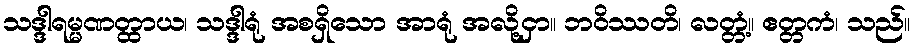
သဒ္ဒါရမ္မဏတ္ထာယ၊ သဒ္ဒါရုံ အစရှိသော အာရုံ အလို့ငှာ။ ဘဝိဿတိ၊ လတ္တံ့။ ဧတ္တကံ၊ သည်။